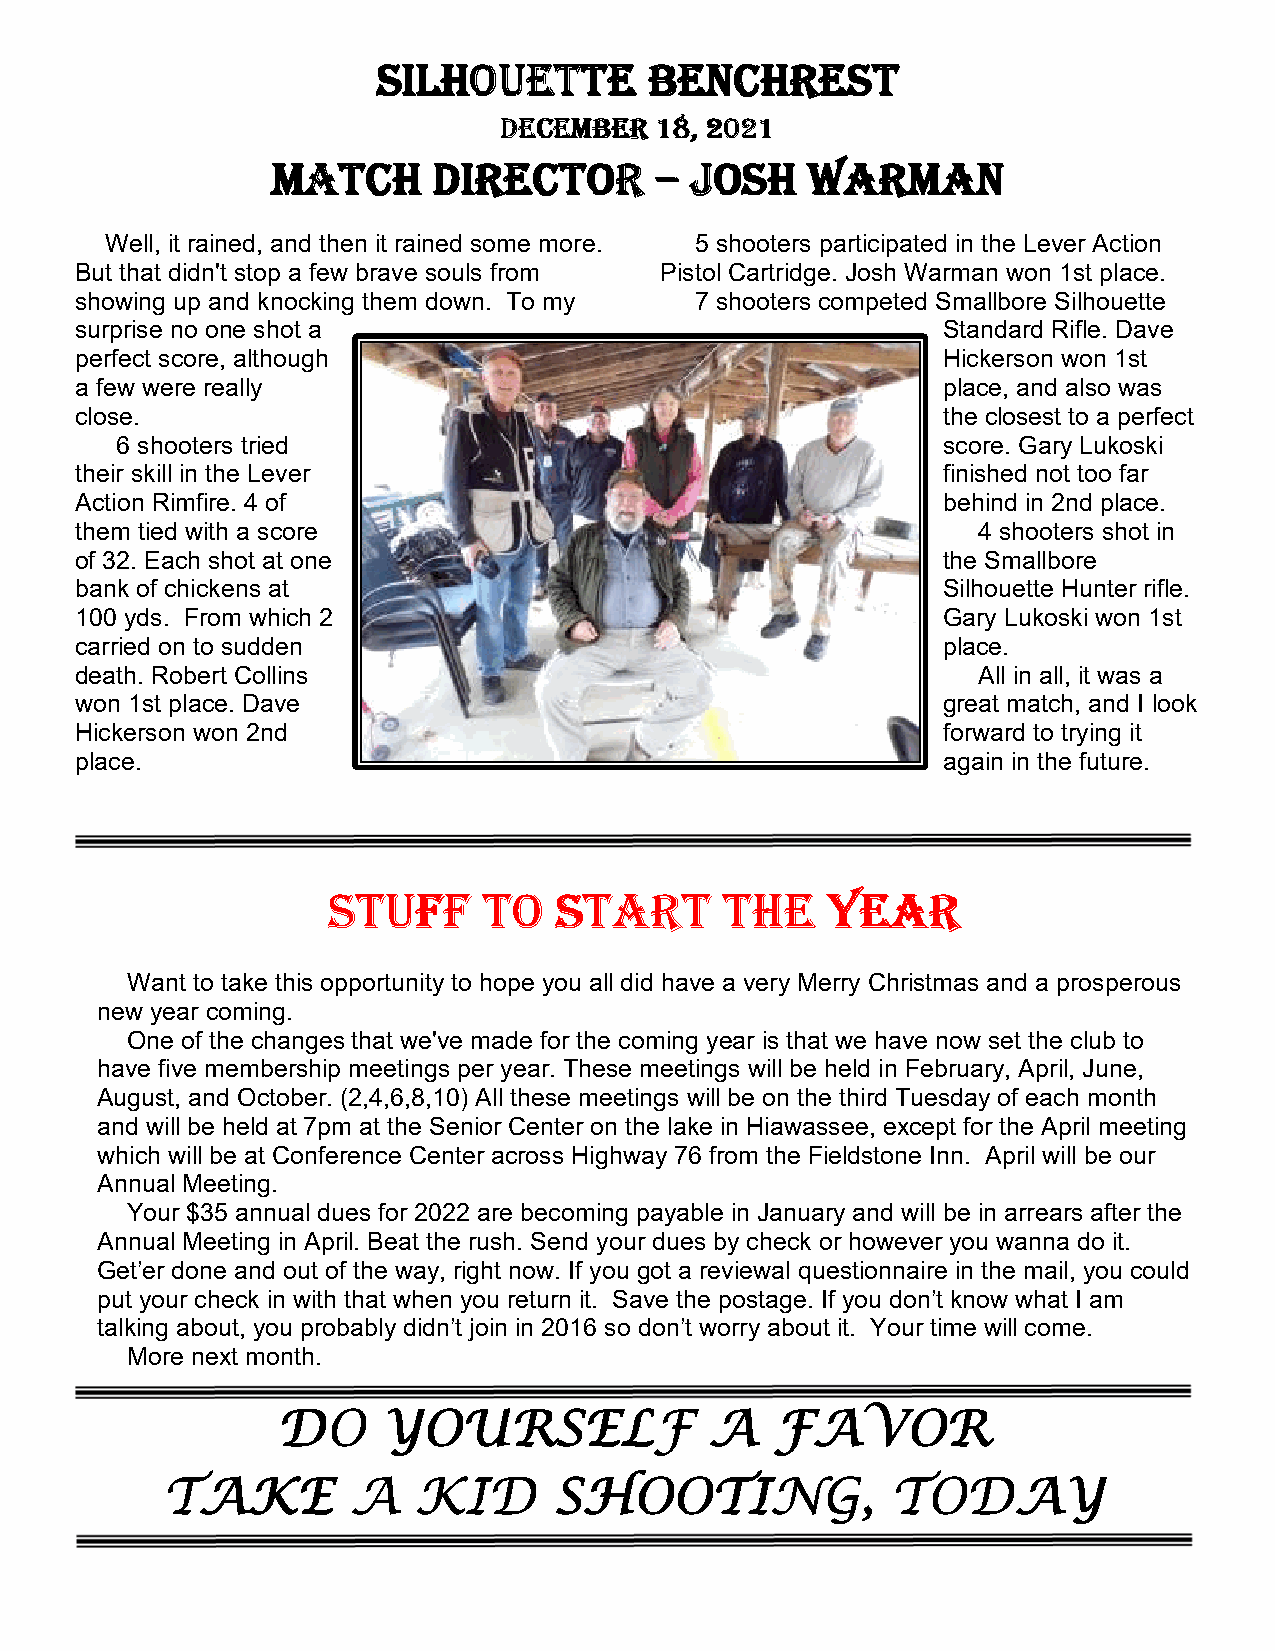
SSSSIIIILLLLHHHHOOOOUUUUEEEETTTTTTTTEEEE BBBBEEEENNNNCCCCHHHHRRRREEEESSSSTTTT
 DDDDEEEECCCCEEEEMMMMBBBBEEEERRRR 11118888,,,, 2222000022221111
 MMMMAAAATTTTCCCCHHHH DDDDIIIIRRRREEEECCCCTTTTOOOORRRR –––– JJJJOOOOSSSSHHHH WWWWAAAARRRRMMMMAAAANNNN
 Well, it rained, and then it rained some more. 5 shooters participated in the Lever Action
 But that didn't stop a few brave souls from Pistol Cartridge. Josh Warman won 1st place.
 showing up and knocking them down. To my 7 shooters competed Smallbore Silhouette
 surprise no one shot a                                   Standard Rifle. Dave
 perfect score, although                                  Hickerson won 1st
 a few were really                                        place, and also was
 close.                                                   the closest to a perfect
 6 shooters tried                                      score. Gary Lukoski
 their skill in the Lever                                 finished not too far
 Action Rimfire. 4 of                                     behind in 2nd place.
 them tied with a score                                      4 shooters shot in
 of 32. Each shot at one                                  the Smallbore
 bank of chickens at                                      Silhouette Hunter rifle.
 100 yds. From which 2                                    Gary Lukoski won 1st
 carried on to sudden                                     place.
 death. Robert Collins                                       All in all, it was a
 won 1st place. Dave                                      great match, and I look
 Hickerson won 2nd                                        forward to trying it
 place.                                                   again in the future.
 SSSSTTTTUUUUFFFFFFFF TTTTOOOO SSSSTTTTAAAARRRRTTTT TTTTHHHHEEEE YYYYEEEEAAAARRRR
 Want to take this opportunity to hope you all did have a very Merry Christmas and a prosperous
 new year coming.
 One of the changes that we've made for the coming year is that we have now set the club to
 have five membership meetings per year. These meetings will be held in February, April, June,
 August, and October. (2,4,6,8,10) All these meetings will be on the third Tuesday of each month
 and will be held at 7pm at the Senior Center on the lake in Hiawassee, except for the April meeting
 which will be at Conference Center across Highway 76 from the Fieldstone Inn. April will be our
 Annual Meeting.
 Your $35 annual dues for 2022 are becoming payable in January and will be in arrears after the
 Annual Meeting in April. Beat the rush. Send your dues by check or however you wanna do it.
 Get’er done and out of the way, right now. If you got a reviewal questionnaire in the mail, you could
 put your check in with that when you return it. Save the postage. If you don’t know what I am
 talking about, you probably didn’t join in 2016 so don’t worry about it. Your time will come.
 More next month.
 DDDDOOOO YYYYOOOOUUUURRRRSSSSEEEELLLLFFFF AAAA FFFFAAAAVVVVOOOORRRR
 TTTTAAAAKKKKEEEE AAAA KKKKIIIIDDDD SSSSHHHHOOOOOOOOTTTTIIIINNNNGGGG,,,, TTTTOOOODDDDAAAAYYYY